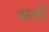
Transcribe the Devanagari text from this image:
अर्लों